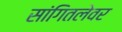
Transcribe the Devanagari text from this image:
सांगितलेवर